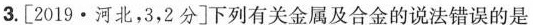
3.[2019·河北，3，2分]下列有关金属及合金的说法错误的是